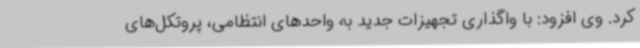
کرد. وی افزود: با واگذاری تجهیزات جدید به واحدهای انتظامی، پروتکل‌های